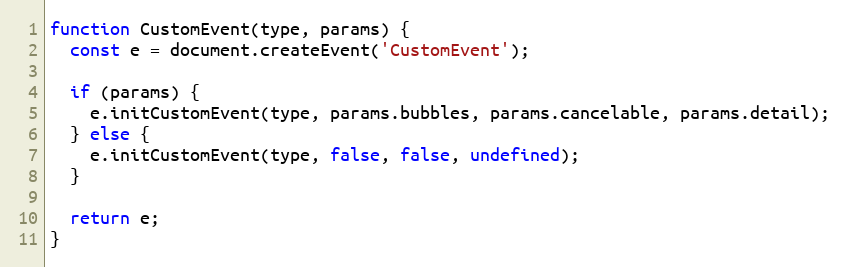
Language: JavaScript
function CustomEvent(type, params) {
  const e = document.createEvent('CustomEvent');

  if (params) {
    e.initCustomEvent(type, params.bubbles, params.cancelable, params.detail);
  } else {
    e.initCustomEvent(type, false, false, undefined);
  }

  return e;
}